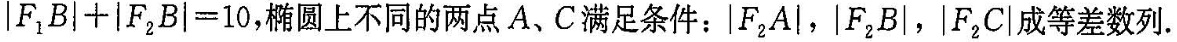
$$| F _ { 1 } B | + | F _ { 2 } B | = 1 0$$，椭圆上不同的两点A、C.满足条件：|F_{2}A|，|F_{2}B|，|F_{2}C|成等差数列.